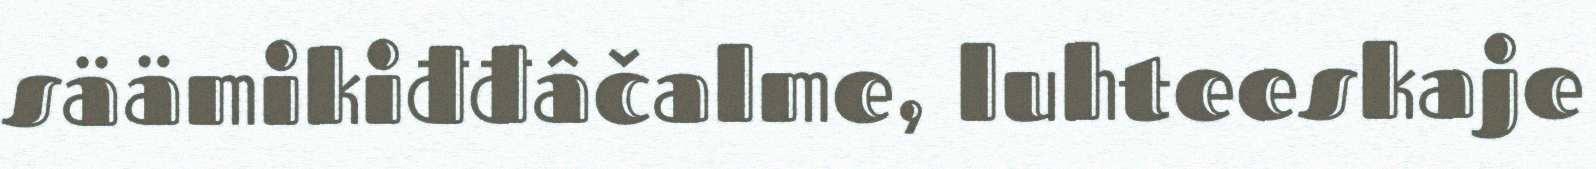
säämikiđđâčalme, luhteeskaje